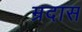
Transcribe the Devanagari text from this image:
म्रदास